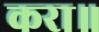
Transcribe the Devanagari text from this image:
करा॥